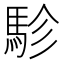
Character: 駗